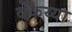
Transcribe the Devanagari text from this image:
वेंकय्या